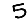
Digit: 5